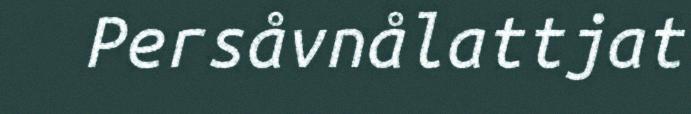
Persåvnålattjat